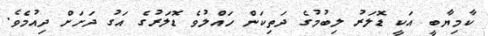
ކާމިޔާބީ އަކީ ޑޮލަރު ލިބުމުގެ ދަތިކަން ހައްލުވެ ޑޮލަރުގެ އަގު ދަށަށް ދިއުމެވެ.